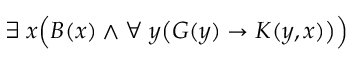
\exists \; x { \Big ( } B ( x ) \land \forall \; y { \big ( } G ( y ) \rightarrow K ( y , x ) { \big ) } { \Big ) }